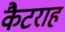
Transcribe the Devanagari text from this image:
कैटराह